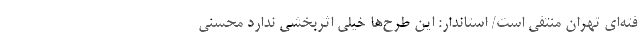
فته‌ای تهران منتفی است/ استاندار: این طرح‌ها خیلی اثربخشی ندارد محسنی